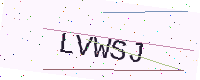
Text: LVWSJ